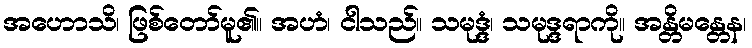
အဟောသိ၊ ဖြစ်တော်မူ၏။ အဟံ၊ ငါသည်။ သမုဒ္ဒံ၊ သမုဒ္ဒရာကို။ အန္တိမန္တေန၊